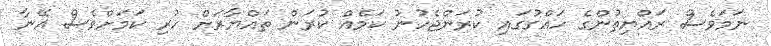
ނަމަވެސް ރައްޔިތުންގެ ހައްގުގައި ކުރަންޖެހުނު ކަމެއް ކުރަން ތައްޔާރަށް ހުރި ކަމަށްވެސް އޭނާ